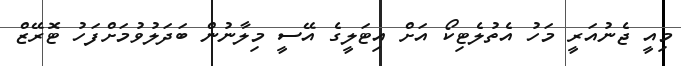
މިއީ ޖެނުއަރީ މަހު އެތުލެޓިކޯ އަށް އިޓަލީގެ އޭސީ މިލާނުން ބަދަލުވުމަށްފަހު ޓޮރޭޒް